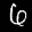
Label: 6